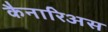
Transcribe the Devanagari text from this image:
कैनारिअस